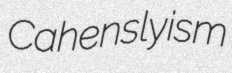
Cahenslyism